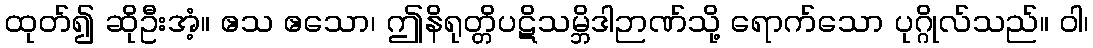
ထုတ်၍ ဆိုဦးအံ့။ ဧသ ဧသော၊ ဤနိရုတ္တိပဋိသမ္ဘိဒါဉာဏ်သို့ ရောက်သော ပုဂ္ဂိုလ်သည်။ ဝါ၊